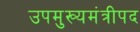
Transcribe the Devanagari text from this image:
उपमुख्यमंत्रीपद